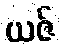
ယဇ်